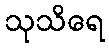
သုသိရေ